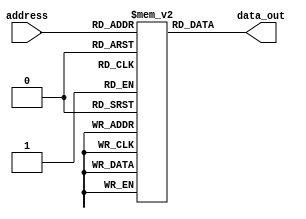
module instruc_mem_top #(
    parameter INIT_MEM = 0
)(
    //input wire clk,
    //input wire rst,
    //input wire we_re,
    //input wire request,
	 //instruction mask signal always 1111
    //input wire [3:0]  mask,
	
    input wire [7:0]  address,
    //input wire [31:0] data_in,

    //output reg valid,
    output reg [31:0] data_out
    );
/*
    always @(posedge clk or negedge rst ) begin
        if(!rst)begin
            valid <= 0;
        end
        else begin
            valid <= request;
        end
    end
	 */
	 /////////////////////////////////////////
	 reg [31:0] mem [0:255];
	 initial begin
	 /*
		mem[0]=32'h00200513;
		mem[1]=32'h00100113;
		mem[2]=32'h014000EF;
		mem[3]=32'h00810193;
		mem[4]=32'h000012B7;
		mem[5]=32'h03000317;
		mem[6]=32'h00A19663;
		mem[7]=32'h00210233;
		mem[8]=32'h00008067;
		mem[9]=32'h00000033;
		mem[10]=32'h00352323;
		mem[11]=32'h00652383;
		*/
		
		mem[0]=32'h00200513;
		mem[1]=32'h00100113;
		mem[2]=32'h00250233;
		mem[3]=32'h00412223;
		mem[4]=32'h00412203;
		mem[5]=32'h00200513;
		mem[6]=32'h00200513;
		mem[7]=32'h00200513;
		mem[8]=32'h00200513;
		mem[9]=32'h00200513;
		mem[10]=32'h00200513;
		mem[11]=32'h00200513;
		end
	 
	    always @(*) begin

           data_out <= mem[address];
        
    end
	 
	 ////////////////////////////////////
	 
	 
	 
	 
/*
    memory #(
      .INIT_MEM(INIT_MEM)
    )u_memory(
        .clk(clk),
        .we_re(we_re),
        .request(request),
        .mask(mask),
        .address(address),
        .data_in(data_in),
        .data_out(data_out)
    );
	 
	 */
endmodule